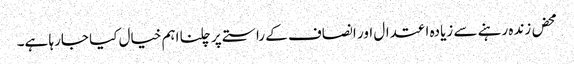
محض زندہ رہنے سے زیادہ اعتدال اور انصاف کے راستے پر چلنا اہم خیال کیا جارہا ہے۔